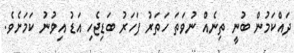
ދައްކަމުން ބުނީ ތިނެއް ނުވަތަ ހަތަރު ފަހަރު ބަޑިޖެހި އަޑު އިވުނު ކަމަށެވެ.